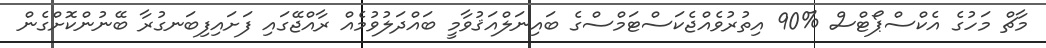
މާޗް މަހުގެ އެކްސްޕޯޓްސް %90 އިތުރުވެއްޖެކަސްޓަމްސްގެ ބައިނަލްއަޤުވާމީ ބައްދަލުވުމެއް ރާއްޖޭގައި ފަށައިފިބަނގުރާ ބޭނުންކޮށްގެން